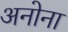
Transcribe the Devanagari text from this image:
अनोना